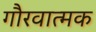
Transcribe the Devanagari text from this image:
गौरवात्मक